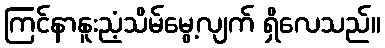
ကြင်နာနူးညံ့သိမ်မွေ့လျက် ရှိလေသည်။